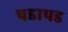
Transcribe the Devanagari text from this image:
पडापड